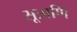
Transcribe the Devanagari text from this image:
सूत्राणि